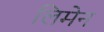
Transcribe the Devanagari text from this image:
लिमेन